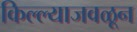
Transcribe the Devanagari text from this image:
किल्ल्याजवळून